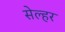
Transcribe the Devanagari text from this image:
सेल्हर